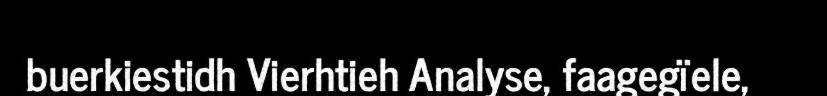
buerkiestidh Vierhtieh Analyse, faagegïele,